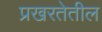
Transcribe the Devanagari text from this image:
प्रखरतेतील